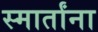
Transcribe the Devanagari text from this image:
स्मार्तांना